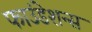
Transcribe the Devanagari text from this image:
फाउंडेशन्स